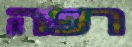
רפה